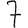
Digit: 7